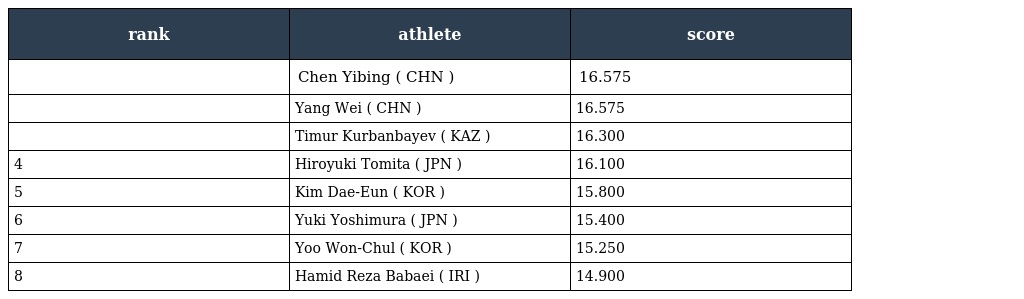
| rank | athlete | score |
 | --- | --- | --- |
 |  | Chen Yibing ( CHN ) | 16.575 |
 |  | Yang Wei ( CHN ) | 16.575 |
 |  | Timur Kurbanbayev ( KAZ ) | 16.300 |
 | 4 | Hiroyuki Tomita ( JPN ) | 16.100 |
 | 5 | Kim Dae-Eun ( KOR ) | 15.800 |
 | 6 | Yuki Yoshimura ( JPN ) | 15.400 |
 | 7 | Yoo Won-Chul ( KOR ) | 15.250 |
 | 8 | Hamid Reza Babaei ( IRI ) | 14.900 |